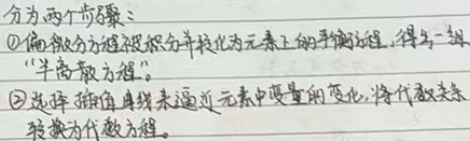
分为两个步骤：
\textcircled{1}偏微分方程被积分并转化为元素上的平衡方程，得出一组“半离散方程”。
\textcircled{2}选择插值函数来逼近元素中变量的变化，将代数关系转换为代数方程。